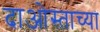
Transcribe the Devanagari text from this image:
दाओस्ताच्या